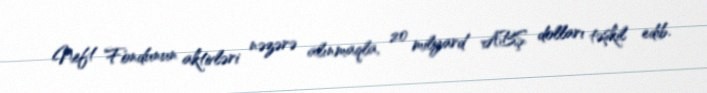
Neft Fondunun aktivləri nəzərə alınmaqla, 20 milyard ABŞ dolları təşkil edib.